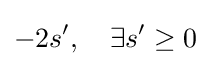
-2s',\quad \exists s'\geq 0